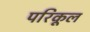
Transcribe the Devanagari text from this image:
परिकूल